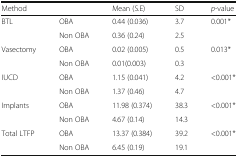
| Method |  | Mean (S.E) | SD | p-value |
 | --- | --- | --- | --- | --- |
 | <ROWSPAN=2> BTL | OBA | 0.44 (0.036) | 3.7 | <ROWSPAN=2> 0.001* |
 | Non OBA | 0.36 (0.24) | 2.5 |
 | <ROWSPAN=2> Vasectomy | OBA | 0.02 (0.005) | 0.5 | <ROWSPAN=2> 0.013* |
 | Non OBA | 0.01(0.003) | 0.3 |
 | <ROWSPAN=2> IUCD | OBA | 1.15 (0.041) | 4.2 | <ROWSPAN=2> <0.001* |
 | Non OBA | 1.37 (0.46) | 4.7 |
 | <ROWSPAN=2> Implants | OBA | 11.98 (0.374) | 38.3 | <ROWSPAN=2> <0.001* |
 | Non OBA | 4.67 (0.14) | 14.3 |
 | <ROWSPAN=2> Total LTFP | OBA | 13.37 (0.384) | 39.2 | <ROWSPAN=2> <0.001* |
 | Non OBA | 6.45 (0.19) | 19.1 |